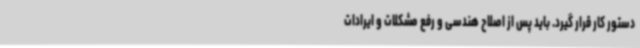
دستور کار قرار گیرد. باید پس از اصلاح هندسی و رفع مشکلات و ایرادات